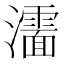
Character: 𰝰